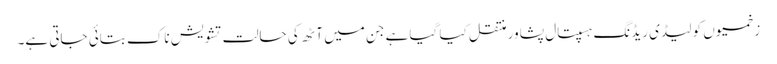
زخمیوں کو لیڈی ریڈنگ ہسپتال پشاور منتقل کیا گیا ہے جن میں آٹھ کی حالت تشویش ناک بتائی جاتی ہے۔